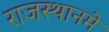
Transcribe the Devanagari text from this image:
राजस्थानमे